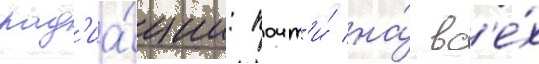
рад'иа́ции: почт'и́ на́ вс'е́х